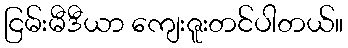
ငြမ်းမီဒီယာ ကျေးဇူးတင်ပါတယ်။